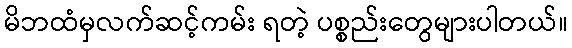
မိဘထံမှလက်ဆင့်ကမ်း ရတဲ့ ပစ္စည်းတွေများပါတယ်။